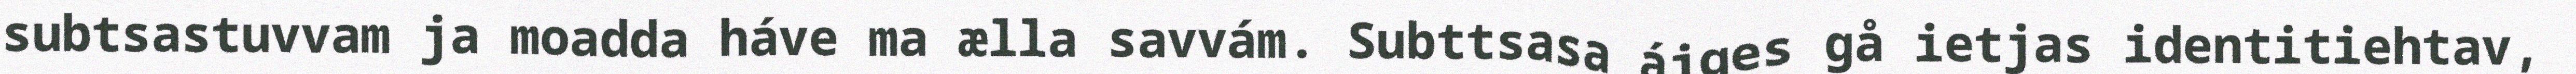
subtsastuvvam ja moadda háve ma ælla savvám. Subttsasa ájges gå ietjas identitiehtav,